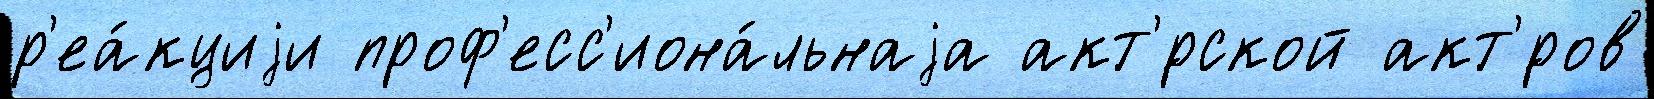
р'еа́кциjи проф'есс'иона́льнаjа акт'́рской акт'́ров